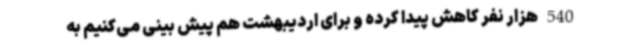
540 هزار نفر کاهش پیدا کرده و برای اردیبهشت هم پیش بینی می‌کنیم به